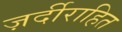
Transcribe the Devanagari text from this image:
ज़र्दीराहित